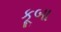
કૂબા